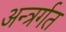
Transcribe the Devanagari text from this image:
अन्त्रर्गत